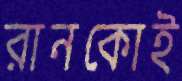
রানকোই